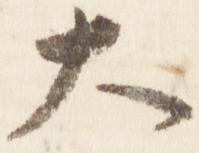
大